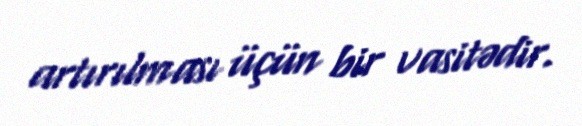
artırılması üçün bir vasitədir.